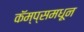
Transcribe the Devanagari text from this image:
कॅम्प्समधून